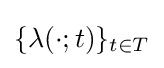
\{\lambda (\cdot ;t)\}_{t\in T}